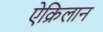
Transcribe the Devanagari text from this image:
ऐक्रिलान